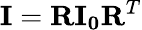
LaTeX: \mathbf{I}=\mathbf{R}\mathbf{I_{0}}\mathbf{R}^{T}